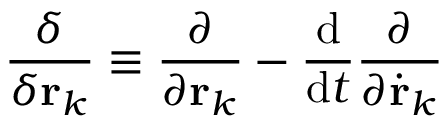
{ \frac { \delta } { \delta \mathbf { r } _ { k } } } \equiv { \frac { \partial } { \partial \mathbf { r } _ { k } } } - { \frac { \mathrm { d } } { \mathrm { d } t } } { \frac { \partial } { \partial { \dot { \mathbf { r } } } _ { k } } }